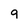
Character: 9